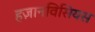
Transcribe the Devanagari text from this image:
हज़ानविसियस